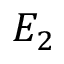
E _ { 2 }